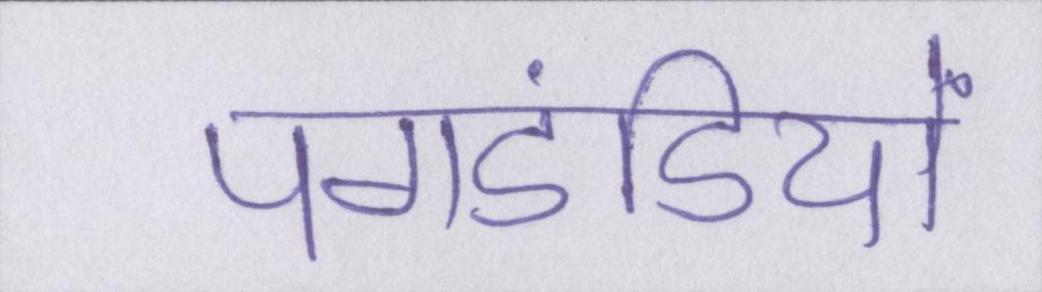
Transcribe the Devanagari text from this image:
पगडंडियों